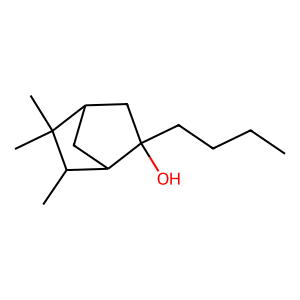
SMILES: CCCCC1(O)CC2CC1C(C)C2(C)C
Inhibits HIV replication: No